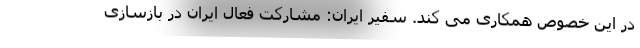
در این خصوص همکاری می کند. سفیر ایران: مشارکت فعال ایران در بازسازی